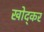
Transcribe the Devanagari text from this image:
खोद्कर